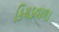
કિચડવાળા